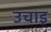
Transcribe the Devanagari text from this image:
उचाइ